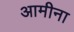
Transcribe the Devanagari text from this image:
आमीना